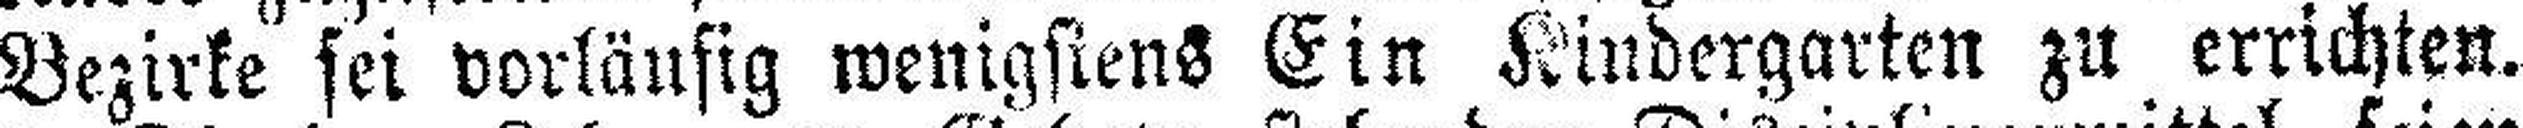
Bezirke sei vorläufig wenigstens Ein Kindergarten zu errichten.